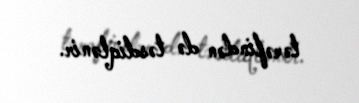
tərəfindən də təsdiqlənir.